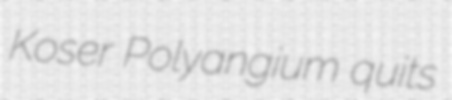
Koser Polyangium quits